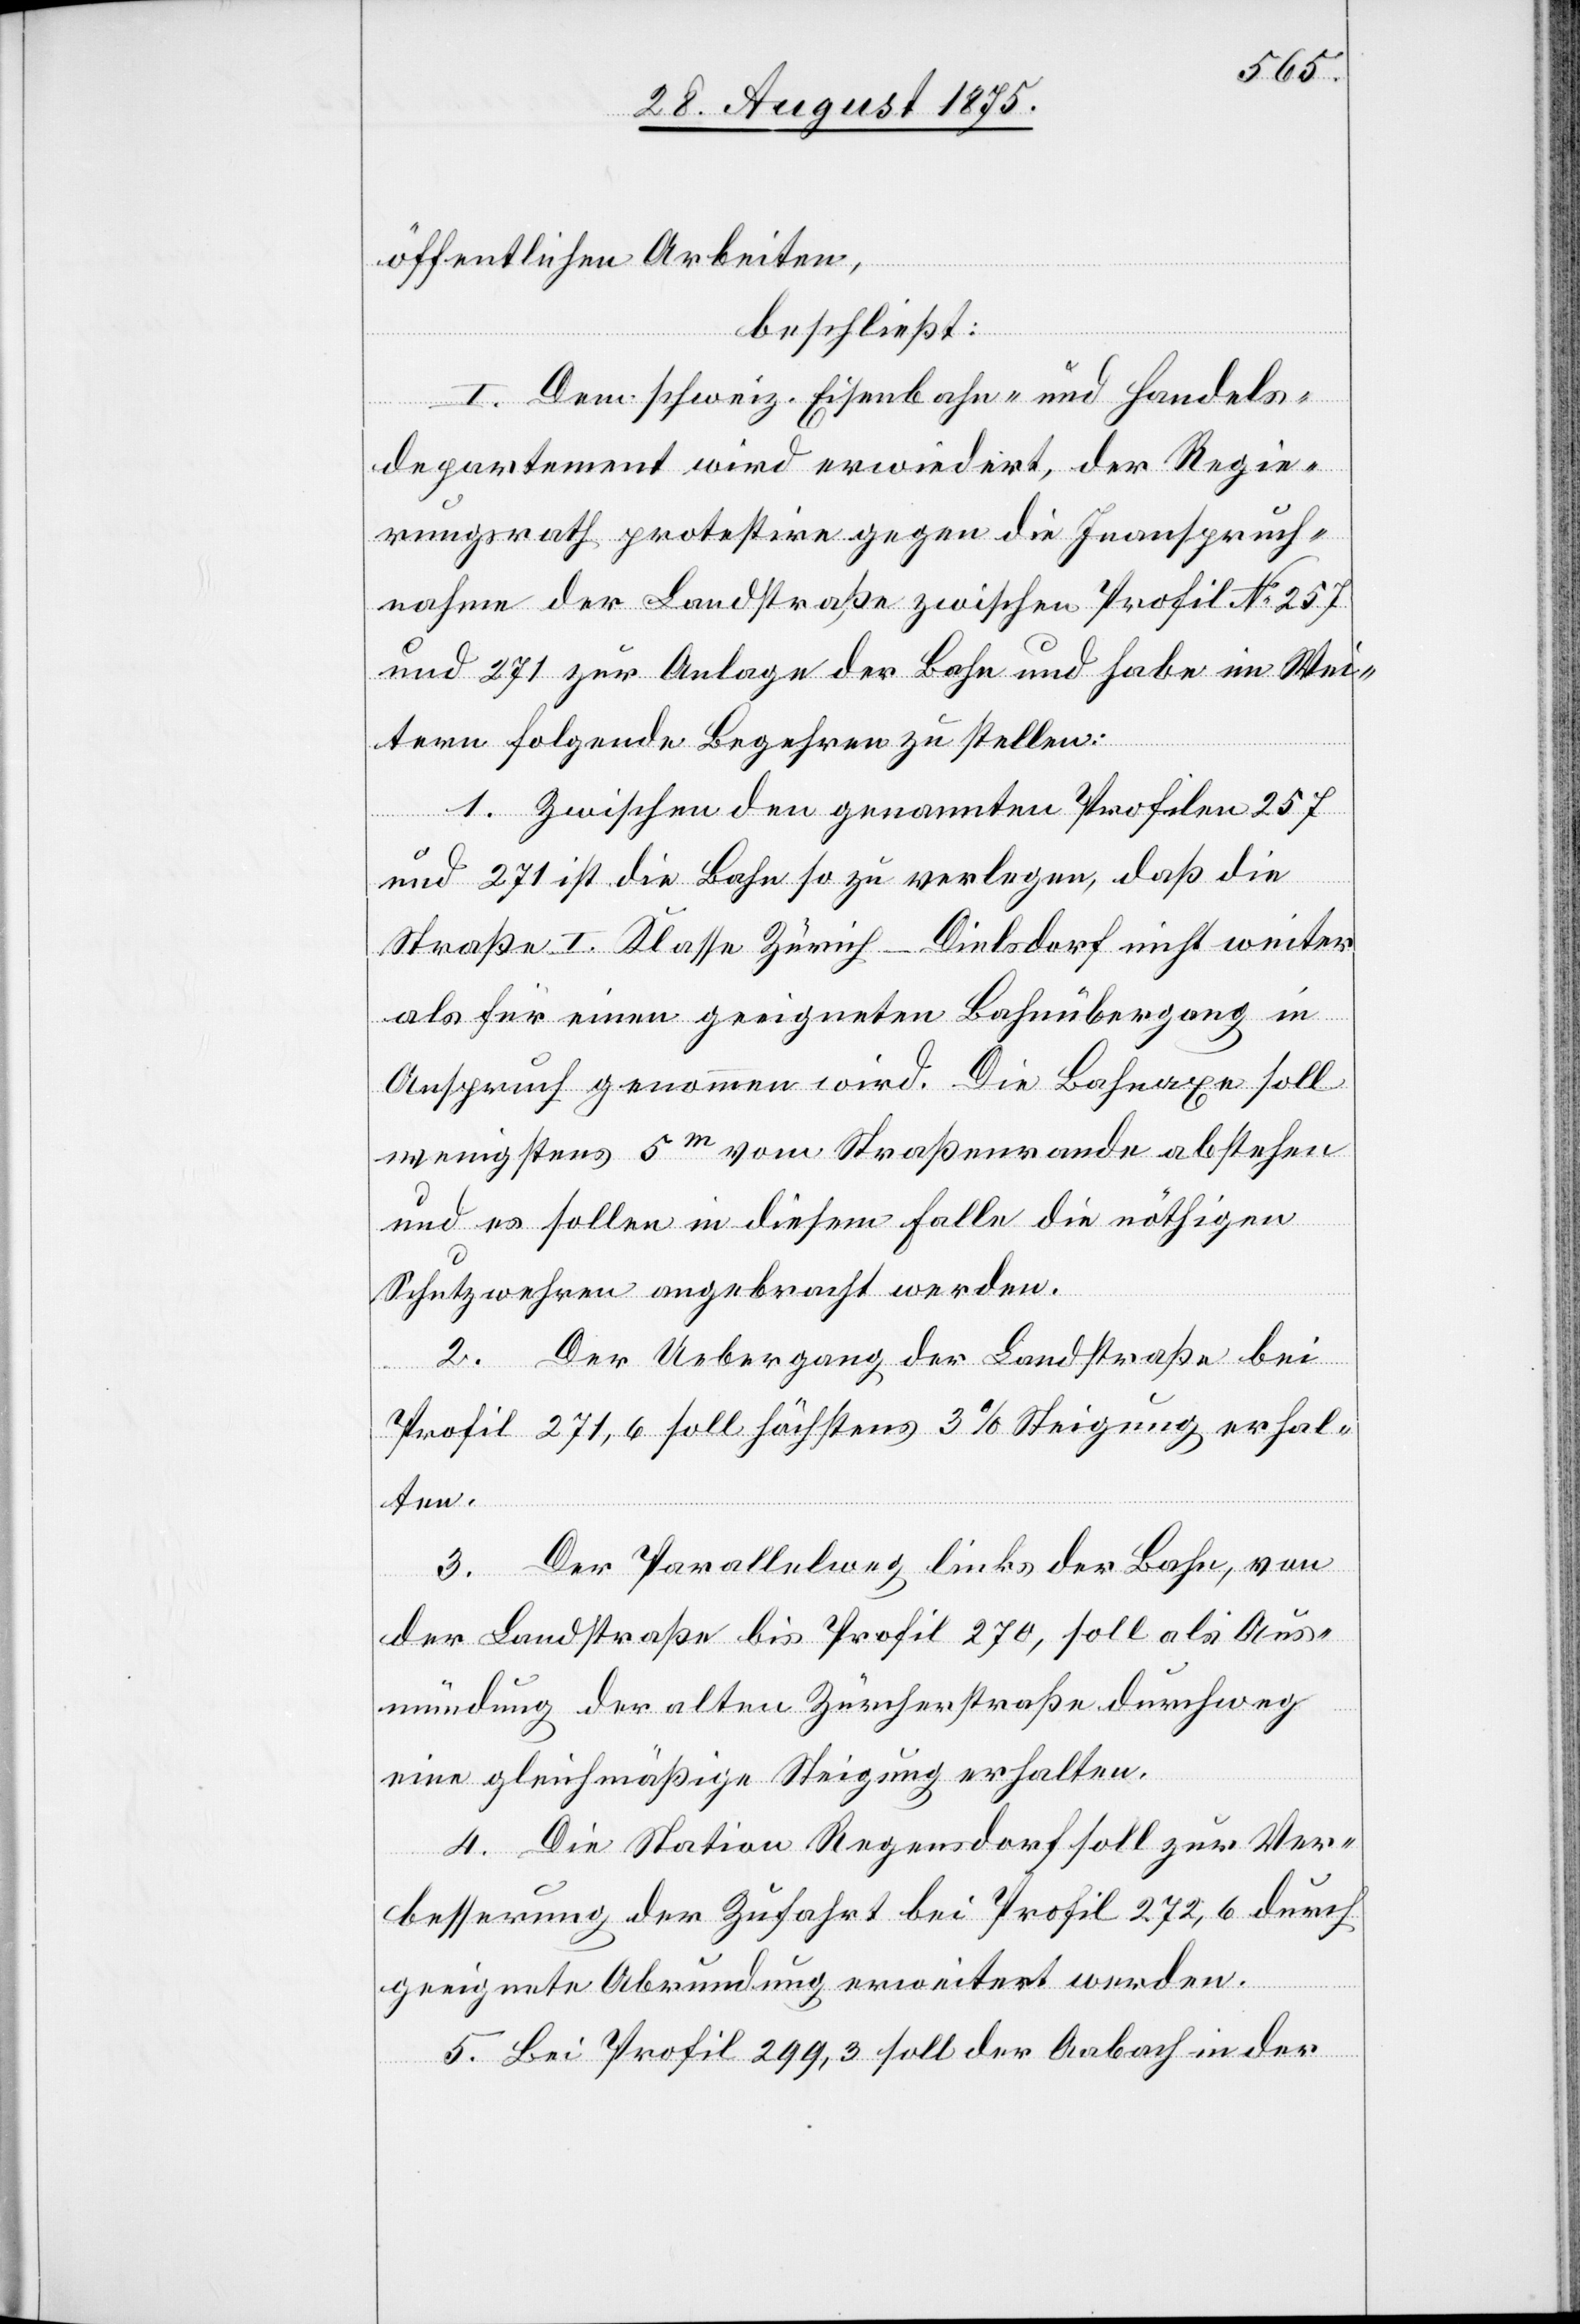
öffentlichen Arbeiten,
beschließt:
I. Dem schweiz. Eisenbahn- und Handels¬
departement wird erwiedert, der Regie¬
rungsrath protestire gegen die Inanspruch¬
nahme der Landstraße zwischen Profil No 257
und 271 zur Anlage der Bahn und habe im Wei¬
tern folgende Begehren zu stellen:
1. Zwischen den genannten Profilen 257
und 271 ist die Bahn so zu verlegen, daß die
Straße I. Klasse Zürich–Diesldorf nicht weiter
als für einen geeigneten Bahnübergang in
Anspruch genommen wird. Die Bahnaxe soll
wenigstens 5m vom Straßenrande abstehen
und es soll in diesem Falle die nöthigen
Schutzwehren angebracht werden.
2. Der Uebergang der Landstraße bei
Profil 271,6 soll höchstens 3% Steigung erhal¬
ten.
3. Der Parallelweg links der Bahn, von
der Landstraße bis Profil 270, soll als Aus¬
mündung der alten Zürcherstraße durchweg
eine gleichmäßige Steigung erhalten.
4. Die Station Regensdorf soll zur Ver¬
besserung der Zufahrt bei Profil 272,6 durch
geeignete Abrundung erweitert werden.
5. Bei Profil 299,3 soll der Aabach in der